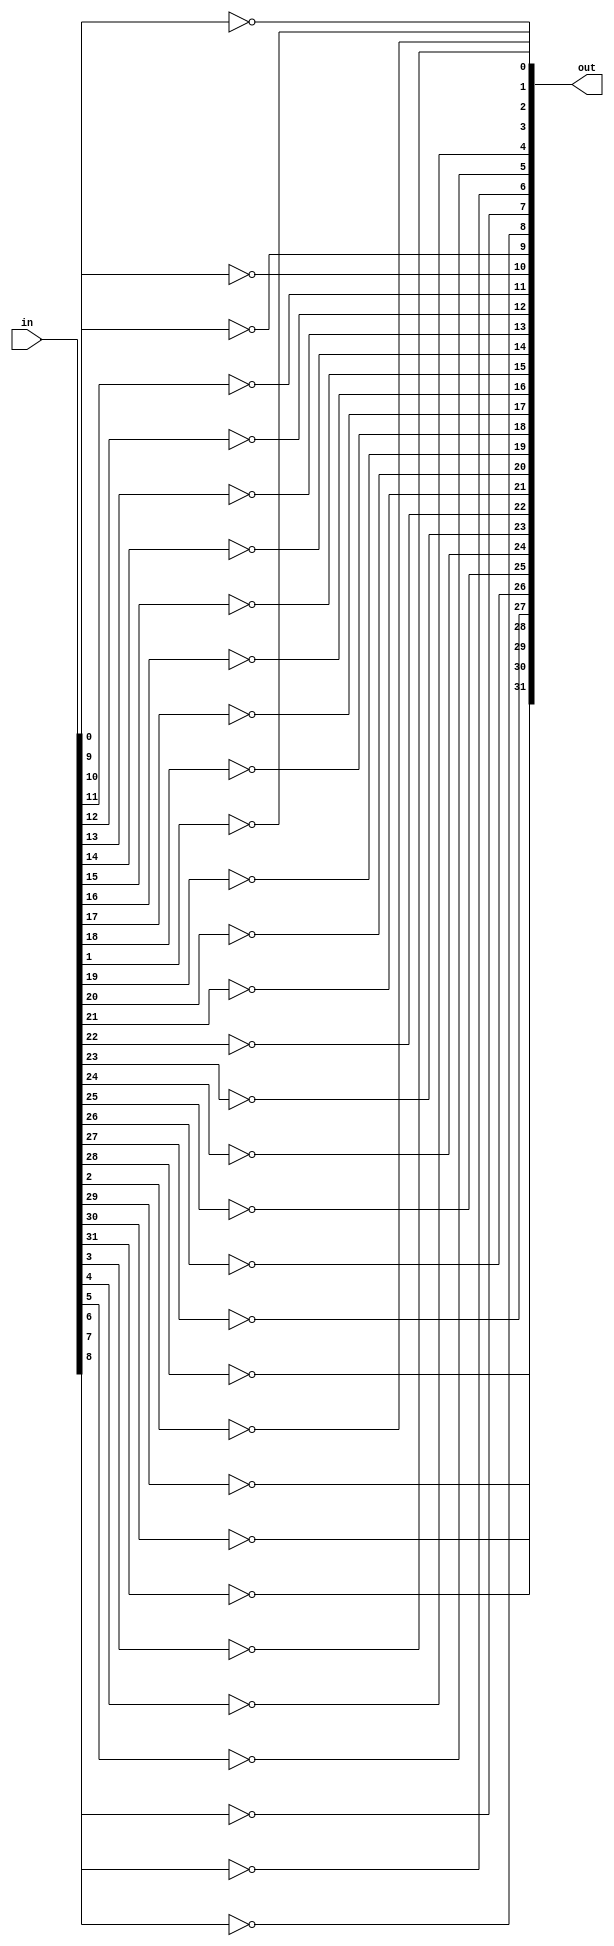
module inverter(out, in); 
    input [31:0] in; 
    output [31:0] out; 

    not invert0(out[0], in[0]); 
    not invert1(out[1], in[1]); 
    not invert2(out[2], in[2]); 
    not invert3(out[3], in[3]); 
    not invert4(out[4], in[4]); 
    not invert5(out[5], in[5]); 
    not invert6(out[6], in[6]); 
    not invert7(out[7], in[7]); 
    not invert8(out[8], in[8]); 
    not invert9(out[9], in[9]); 
    not invert10(out[10], in[10]); 
    not invert11(out[11], in[11]); 
    not invert12(out[12], in[12]); 
    not invert13(out[13], in[13]); 
    not invert14(out[14], in[14]); 
    not invert15(out[15], in[15]); 
    not invert16(out[16], in[16]); 
    not invert17(out[17], in[17]); 
    not invert18(out[18], in[18]); 
    not invert19(out[19], in[19]); 
    not invert20(out[20], in[20]); 
    not invert21(out[21], in[21]); 
    not invert22(out[22], in[22]); 
    not invert23(out[23], in[23]); 
    not invert24(out[24], in[24]); 
    not invert25(out[25], in[25]); 
    not invert26(out[26], in[26]); 
    not invert27(out[27], in[27]); 
    not invert28(out[28], in[28]); 
    not invert29(out[29], in[29]); 
    not invert30(out[30], in[30]); 
    not invert31(out[31], in[31]); 


endmodule